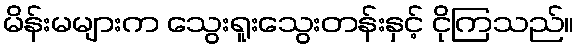
မိန်းမများက သွေးရူးသွေးတန်းနှင့် ငိုကြသည်။